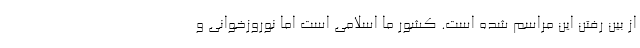
از بین رفتن این مراسم شده است. کشور ما اسلامی است اما نوروزخوانی و